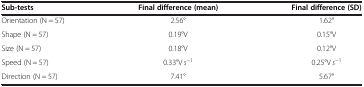
| Sub-tests | Final difference (mean) | Final difference (SD) |
 | --- | --- | --- |
 | Orientation (N = 57) | 2.56° | 1.62° |
 | Shape (N = 57) | 0.19°V | 0.15°V |
 | Size (N = 57) | 0.18°V | 0.12°V |
 | Speed (N = 57) | 0.33°V s−1 | 0.25°V s−1 |
 | Direction (N = 57) | 7.41° | 5.67° |